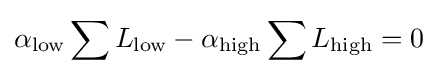
\alpha _{\text{low}}\sum L_{\text{low}}-\alpha _{\text{high}}\sum L_{\text{high}}=0